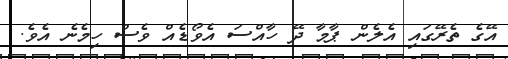
އޭގެ ތެރޭގައި އެލެން ޕާމާ ދޭ ހާއްސަ އެވޯޑެއް ވެސް ހިމެނެ އެވެ.